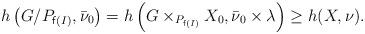
LaTeX: \begin{align*}h\left(G/P_{\mathsf{f}(I)},\bar{\nu}_{0}\right)=h\left(G\times_{P_{\mathsf{f}(I)}}X_{0},\bar{\nu}_{0}\times\lambda\right)\ge h(X,\nu).\end{align*}